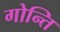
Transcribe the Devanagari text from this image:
गोन्ति